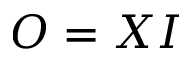
O = X I